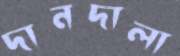
দানদালা